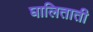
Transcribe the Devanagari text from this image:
घालिताती